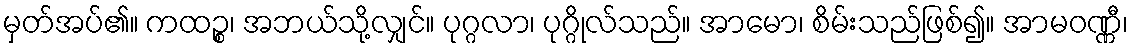
မှတ်အပ်၏။ ကထဉ္စ၊ အဘယ်သို့လျှင်။ ပုဂ္ဂလာ၊ ပုဂ္ဂိုလ်သည်။ အာမော၊ စိမ်းသည်ဖြစ်၍။ အာမဝဏ္ဏီ၊